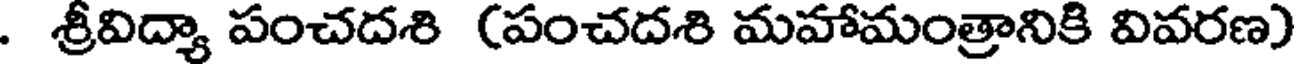
. శ్రీవిద్యా పంచదశి (పంచదశి మహామంత్రానికి వివరణ)